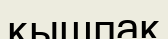
қышпақ